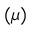
( \mu )